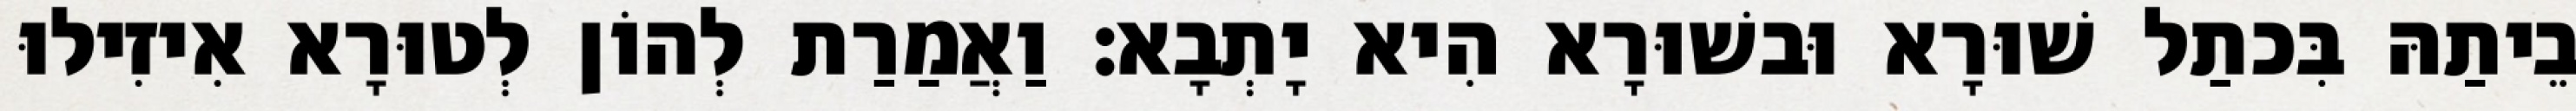
בֵיתַהּ בִּכתַל שׁוּרָא וּבשׁוּרָא הִיא יָתְבָא׃ וַאֲמַרַת לְהוֹן לְטוּרָא אִיזִילוּ